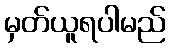
မှတ်ယူရပါမည်